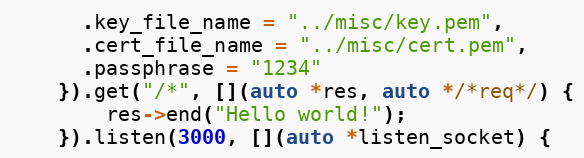
Language: C++
	  .key_file_name = "../misc/key.pem",
	  .cert_file_name = "../misc/cert.pem",
	  .passphrase = "1234"
	}).get("/*", [](auto *res, auto */*req*/) {
	    res->end("Hello world!");
	}).listen(3000, [](auto *listen_socket) {